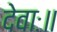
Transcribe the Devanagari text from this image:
देवाः॥